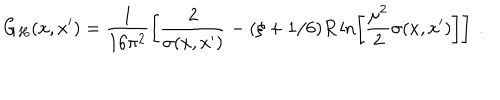
G _ { H } ( x , x ^ { \prime } ) = \frac 1 { 1 6 \pi ^ { 2 } } \left[ \frac 2 { \sigma ( x , x ^ { \prime } ) } - ( \xi + 1 / 6 ) R \ln \left[ \frac { \mu ^ { 2 } } 2 \sigma ( x , x ^ { \prime } ) \right] \right] \ .